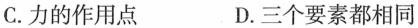
C.力的作用点 D.三个要素都相同